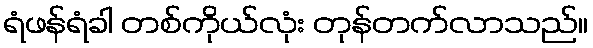
ရံဖန်ရံခါ တစ်ကိုယ်လုံး တုန်တက်လာသည်။